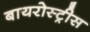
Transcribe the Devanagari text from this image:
बायरोस्ट्रीस